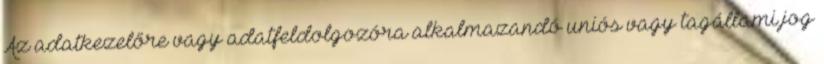
Az adatkezelőre vagy adatfeldolgozóra alkalmazandó uniós vagy tagállami jog